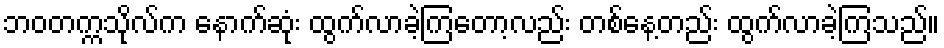
ဘဝတက္ကသိုလ်က နောက်ဆုံး ထွက်လာခဲ့ကြတော့လည်း တစ်နေ့တည်း ထွက်လာခဲ့ကြသည်။